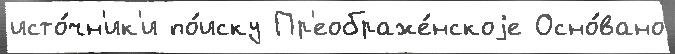
исто́чн'ик'и по́иску Пр'еображе́нскоjе Осно́вано